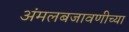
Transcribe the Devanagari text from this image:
अंमलबजावणीच्या